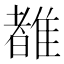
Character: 𬯯